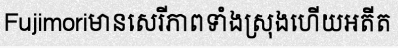
Fujimoriមានសេរីភាពទាំងស្រុងហើយអតីត